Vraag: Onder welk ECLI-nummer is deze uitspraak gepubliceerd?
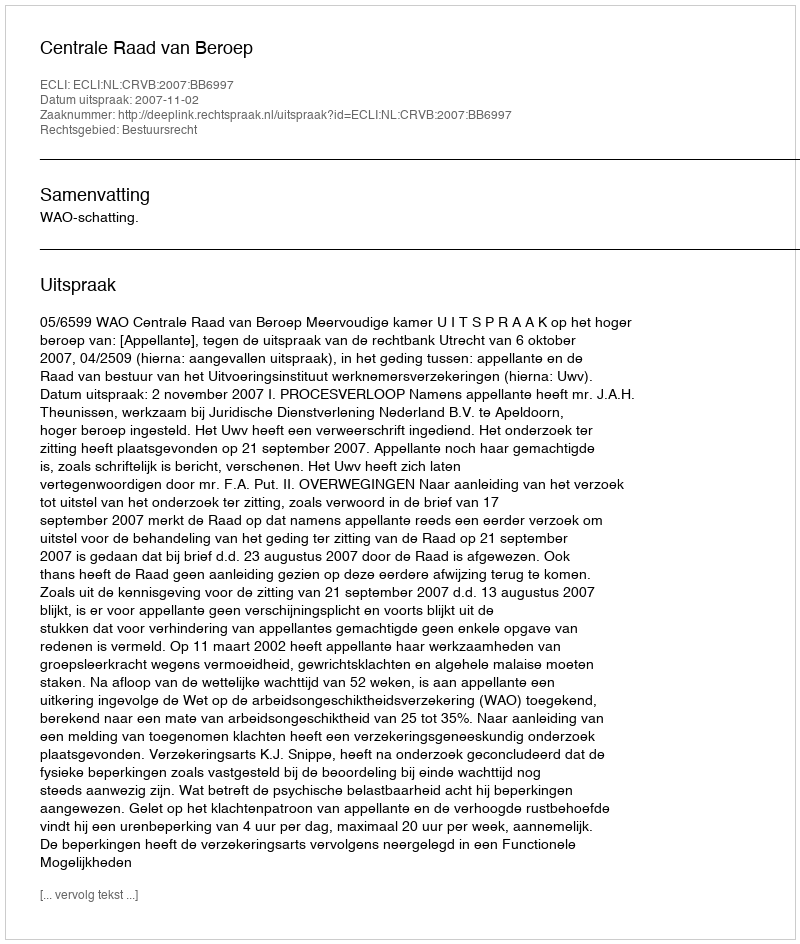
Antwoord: ECLI:NL:CRVB:2007:BB6997